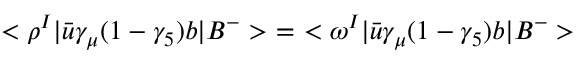
< \rho ^ { I } | \bar { u } \gamma _ { \mu } ( 1 - \gamma _ { 5 } ) b | B ^ { - } > \ = \ < \omega ^ { I } | \bar { u } \gamma _ { \mu } ( 1 - \gamma _ { 5 } ) b | B ^ { - } >